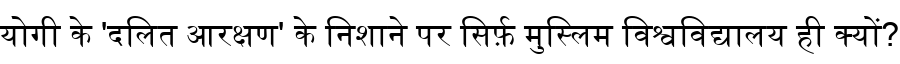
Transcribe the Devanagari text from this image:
योगी के 'दलित आरक्षण' के निशाने पर सिर्फ़ मुस्लिम विश्वविद्यालय ही क्यों?